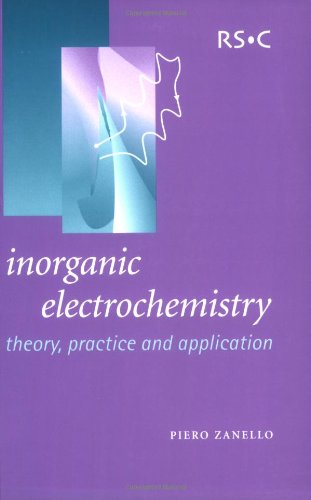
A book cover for Inorganic Electrochemistry: Theory, Practice, and Application; P. Zanello; Science & Math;